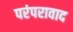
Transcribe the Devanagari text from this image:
परंपरावाद